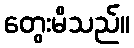
တွေးမိသည်။